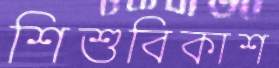
শিশুবিকাশ